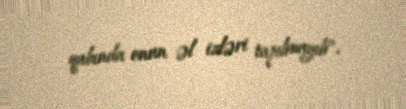
qabında onun əl izləri tapılmayıb”.